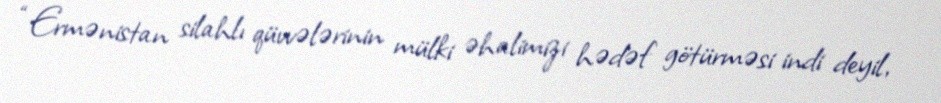
“Ermənistan silahlı qüvvələrinin mülki əhalimizi hədəf götürməsi indi deyil,